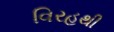
વિરહથી